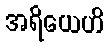
အရိယေဟိ